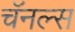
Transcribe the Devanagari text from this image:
चॅनल्स